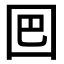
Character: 𡇃